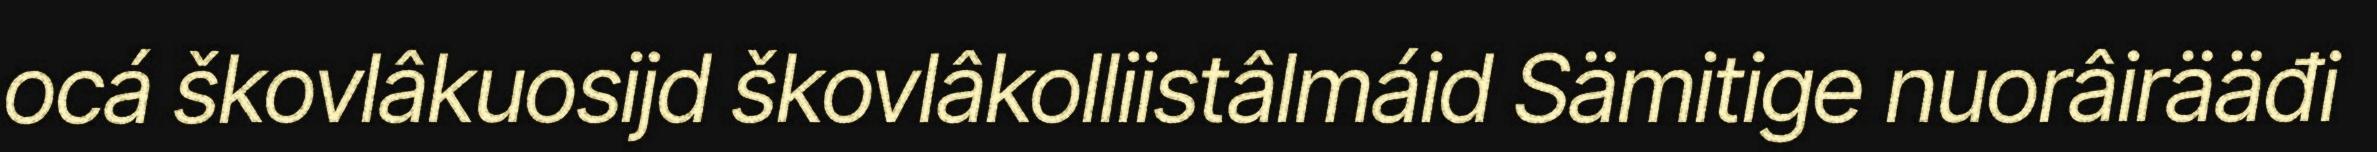
ocá škovlâkuosijd škovlâkolliistâlmáid Sämitige nuorâirääđi